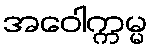
အဝေါက္ကမ္မ